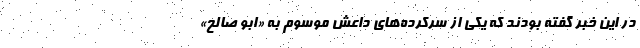
در این خبر گفته بودند که یکی از سرکرده‌های داعش موسوم به «ابو صالح»